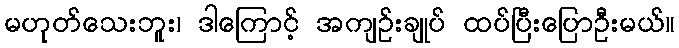
မဟုတ်သေးဘူး၊ ဒါကြောင့် အကျဉ်းချုပ် ထပ်ပြီးပြောဦးမယ်။